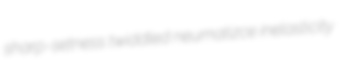
sharp-setness twiddled neumatizce inelasticity